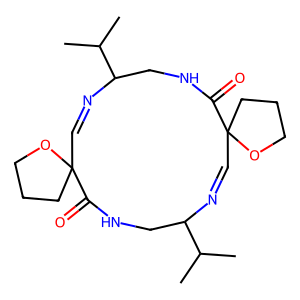
SMILES: CC(C)C1CNC(=O)C2(C=NC(C(C)C)CNC(=O)C3(C=N1)CCCO3)CCCO2
Inhibits HIV replication: No